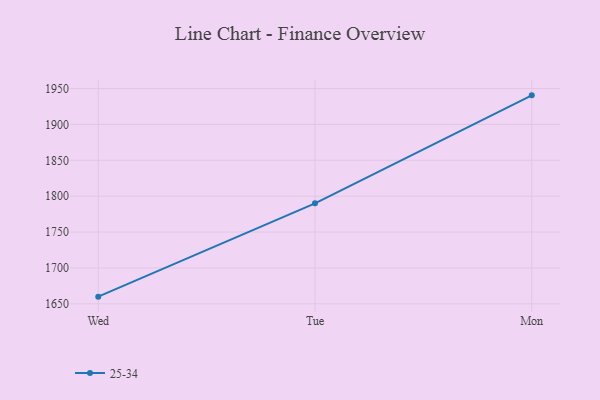
{"axis": {"x": "Day", "y": "Energy Usage (MWh)"}, "legend": ["25-34"], "data": [{"x": "Wed", "y": 1660.0, "type": "25-34"}, {"x": "Tue", "y": 1790.0, "type": "25-34"}, {"x": "Mon", "y": 1940.5, "type": "25-34"}]}